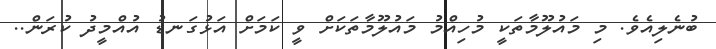
ބުނެލިއެވެ. މި މައުލޫމާތަކީ މުހިއްމު މައުލޫމާތަކަށް ވީ ކަމަށް އަޅުގަނޑު އުއްމީދު ކުރަން..